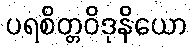
ပရစိတ္တဝိဒုနိယော